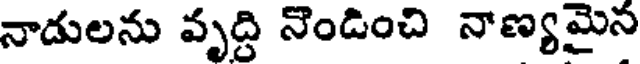
నాడులను వృద్ది నొండించి నాణ్యమైన